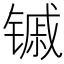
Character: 𬭭